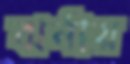
ঝর্নায়